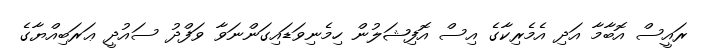
ރައީސް އޮބާމާ އަދި އެމެރިކާގެ އިސް އޮފިޝަލުން ހިމެނިވަޑައިގަންނަވާ ވަފްދު ސައުދީ ޢަރަބިއްޔާގެ